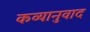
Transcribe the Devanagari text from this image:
कव्यानुवाद